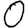
Digit: 0